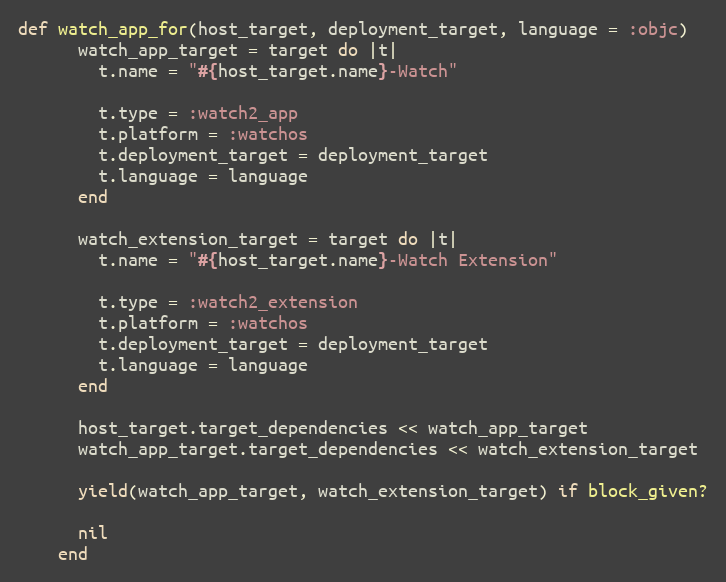
Language: Ruby
def watch_app_for(host_target, deployment_target, language = :objc)
      watch_app_target = target do |t|
        t.name = "#{host_target.name}-Watch"

        t.type = :watch2_app
        t.platform = :watchos
        t.deployment_target = deployment_target
        t.language = language
      end

      watch_extension_target = target do |t|
        t.name = "#{host_target.name}-Watch Extension"

        t.type = :watch2_extension
        t.platform = :watchos
        t.deployment_target = deployment_target
        t.language = language
      end

      host_target.target_dependencies << watch_app_target
      watch_app_target.target_dependencies << watch_extension_target

      yield(watch_app_target, watch_extension_target) if block_given?

      nil
    end